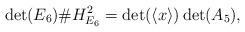
LaTeX: \begin{align*}\det(E_6) \# H_{E_6}^2 = \det(\langle x \rangle) \det(A_5),\end{align*}